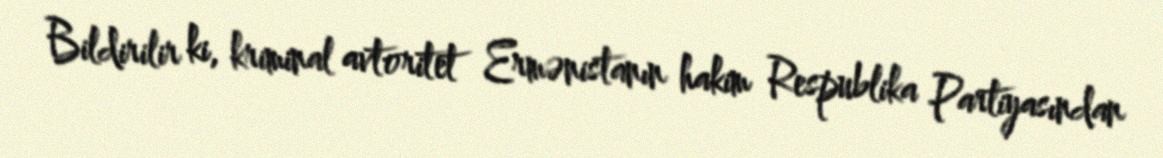
Bildirilir ki, kriminal avtoritet Ermənistanın hakim Respublika Partiyasından